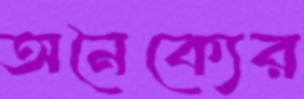
অনৈক্যের